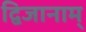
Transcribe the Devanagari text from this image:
द्विजानाम्